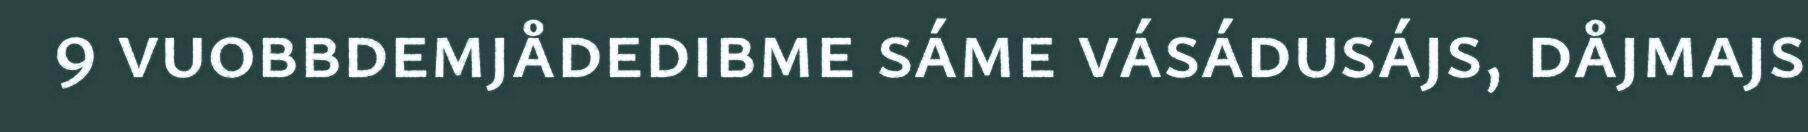
9 vuobbdemjådedibme sáme vásádusájs, dåjmajs